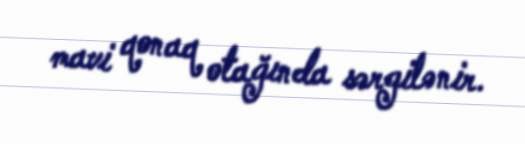
mavi qonaq otağında sərgilənir.